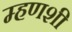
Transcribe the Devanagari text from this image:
म्हणशी